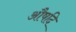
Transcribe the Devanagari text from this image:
औषदि